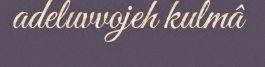
adeluvvojeh kulmâ